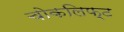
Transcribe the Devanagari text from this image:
चोकलिफ़्ट